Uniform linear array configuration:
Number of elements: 48
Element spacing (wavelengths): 0.25
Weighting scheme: binomial
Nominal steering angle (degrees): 15
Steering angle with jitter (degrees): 16.165
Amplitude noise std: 0.05
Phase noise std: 0.05

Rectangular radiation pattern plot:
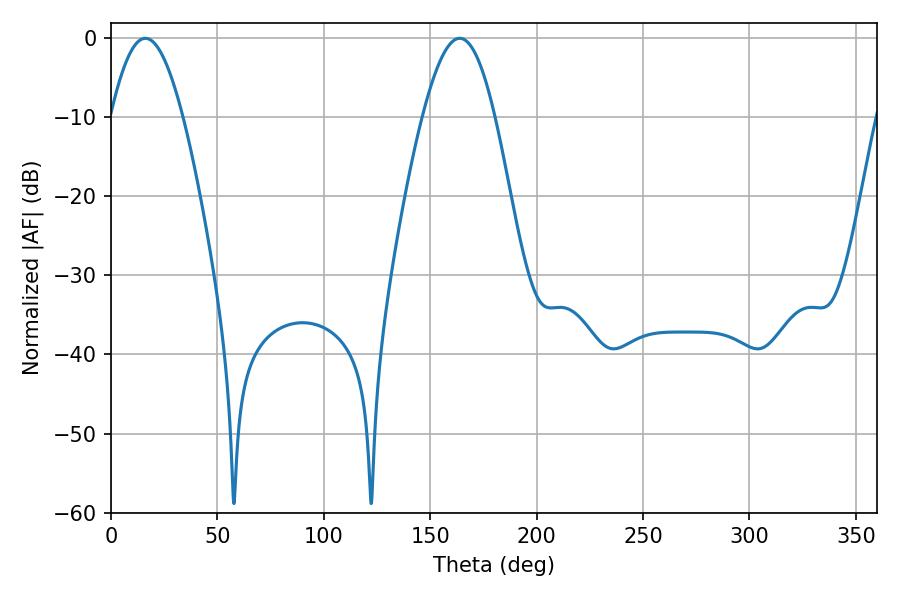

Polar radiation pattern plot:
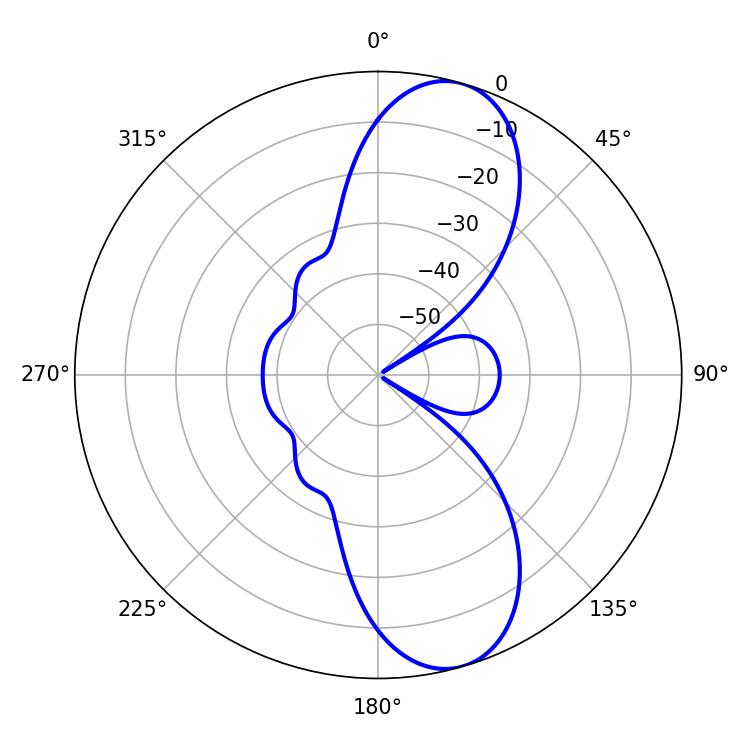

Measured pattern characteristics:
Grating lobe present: FALSE
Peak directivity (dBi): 10.108
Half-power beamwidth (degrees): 18.36
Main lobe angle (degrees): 16.2